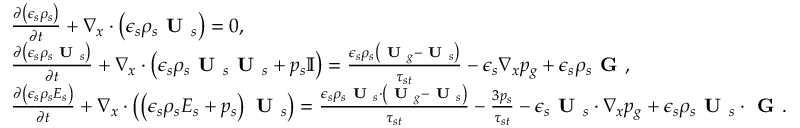
\begin{array} { r l } & { \frac { \partial \left( \epsilon _ { s } \rho _ { s } \right) } { \partial t } + \nabla _ { x } \cdot \left( \epsilon _ { s } \rho _ { s } \textbf { U } _ { s } \right) = 0 , } \\ & { \frac { \partial \left( \epsilon _ { s } \rho _ { s } \textbf { U } _ { s } \right) } { \partial t } + \nabla _ { x } \cdot \left( \epsilon _ { s } \rho _ { s } \textbf { U } _ { s } \textbf { U } _ { s } + p _ { s } \mathbb { I } \right) = \frac { \epsilon _ { s } \rho _ { s } \left( \textbf { U } _ { g } - \textbf { U } _ { s } \right) } { \tau _ { s t } } - \epsilon _ { s } \nabla _ { x } p _ { g } + \epsilon _ { s } \rho _ { s } \textbf { G } , } \\ & { \frac { \partial \left( \epsilon _ { s } \rho _ { s } E _ { s } \right) } { \partial t } + \nabla _ { x } \cdot \left( \left( \epsilon _ { s } \rho _ { s } E _ { s } + p _ { s } \right) \textbf { U } _ { s } \right) = \frac { \epsilon _ { s } \rho _ { s } \textbf { U } _ { s } \cdot \left( \textbf { U } _ { g } - \textbf { U } _ { s } \right) } { \tau _ { s t } } - \frac { 3 p _ { s } } { \tau _ { s t } } - \epsilon _ { s } \textbf { U } _ { s } \cdot \nabla _ { x } p _ { g } + \epsilon _ { s } \rho _ { s } \textbf { U } _ { s } \cdot \textbf { G } . } \end{array}